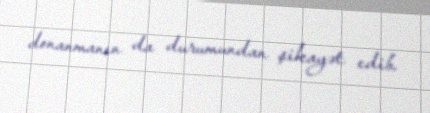
donanmanın da durumundan şikayət edib.